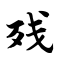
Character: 残